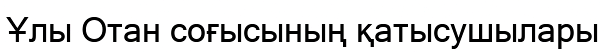
Ұлы Отан соғысының қатысушылары